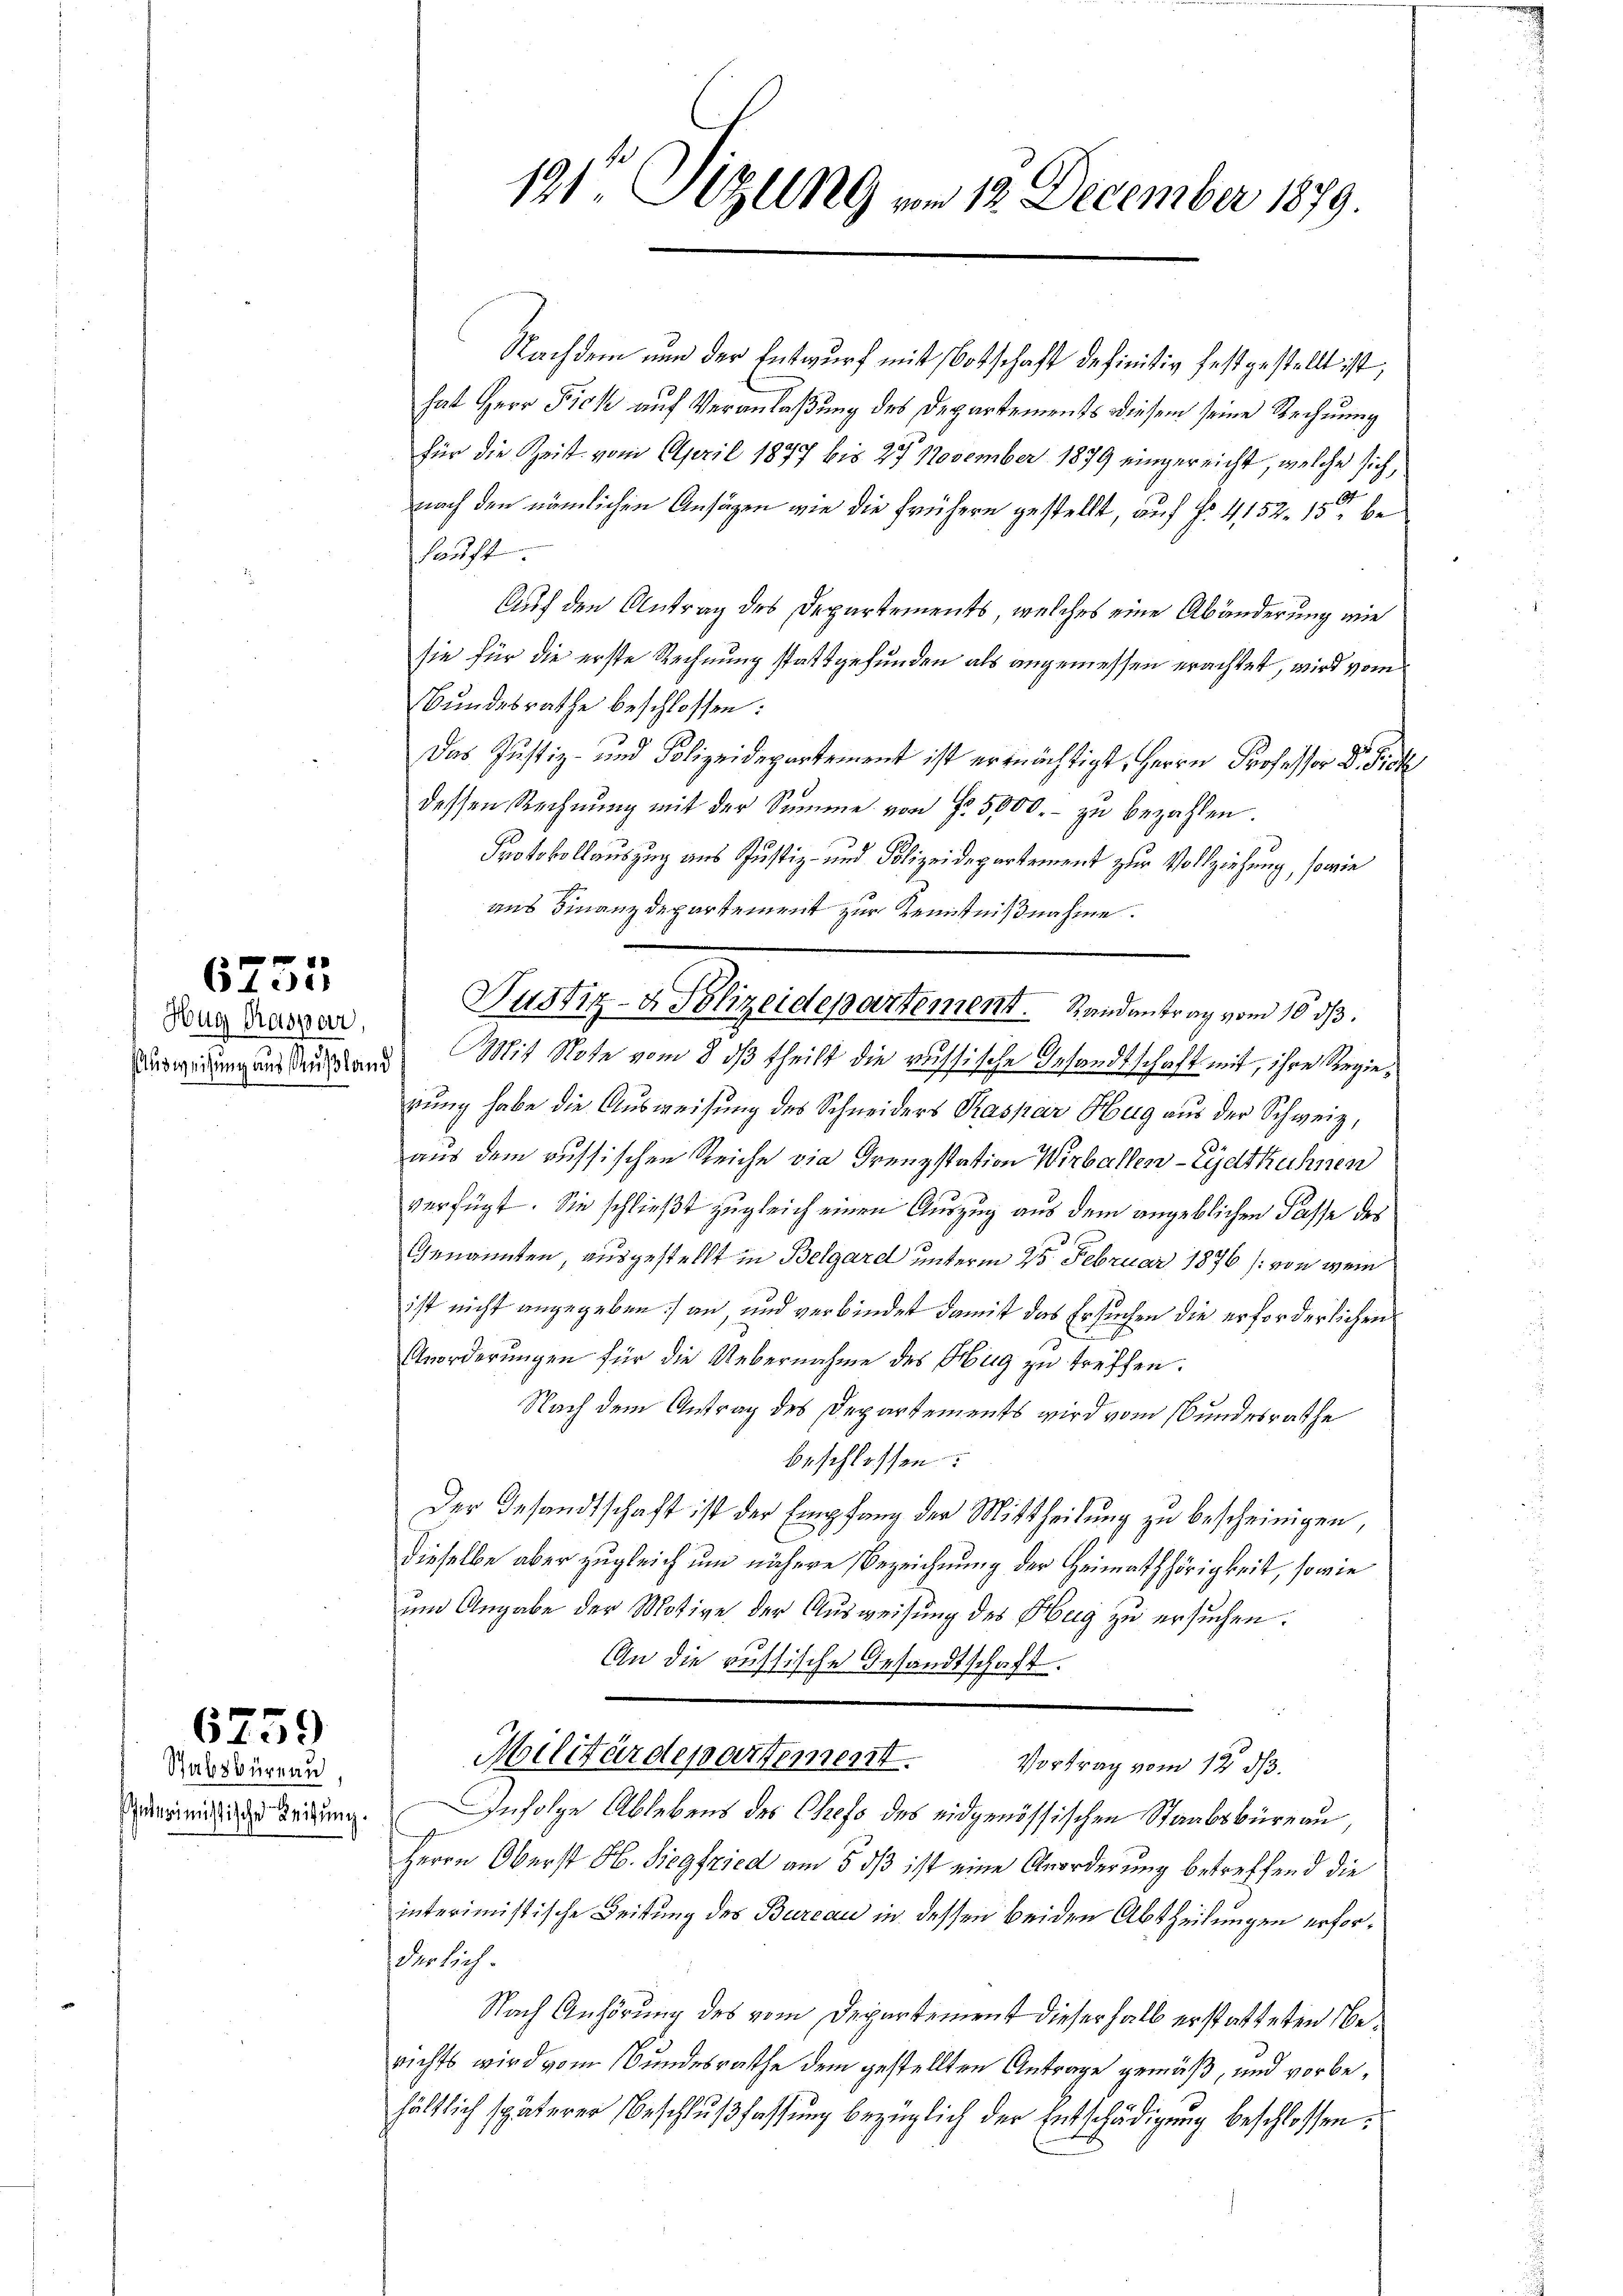
6755

Hug Raspar,

6759

Stabsbureau
Interimistische Leitung.

191 Sizung vom 12. December 1879.

Nachdem nun der Entwurf mit Botschaft definitiv festgestellt ist,
hat Herr Fick auf Veranlaßung des Departements diesem seine Rechnung
für die Zeit vom April 1877 bis 27 November 1879 eingereicht, welche sich,
nach den nämlichen Ansägen wie die frühern gestellt, auf § 4152. 15ten be
shaust
Auf den Antrag des Departements, welches eine Abänderung wie
sie für die erste Rechnung stattgefunden als angemessen erachtet, wird vom
Bundesrathe beschlossen:
Das Justiz- und Polizeidepartement ist ermächtigt, Herrn Professor D.
dessen Rechnung mit der Summe von Fr. 5000.- zu bezahlen.
Protokollauszug aus Justiz- und Polizeidepartement zur Vollziehung, sowie
aus Finanzdepartement zur Kenntnißnahme.
ies weidung und Ausland! Mit Note vom 8 dß theilt die russische Gesandtschaft mit, ihre Regierung habe die Ausweisung des Schneiders Kaspar Hug aus der Schweiz,
aus dem russischen Reiche die Grenzstation Wirbellen-Eydthühnen
verfügt. Sie schließt zugleich einen Auszug aus dem angeblichen Fasse des
Genannten, ausgestellt in Belgard unterm 25. Februar 1876 (von wei
ist nicht angegeben) an und verbindet damit das Ersuchen die erforderlichen
Anorderungen für die Uebernahme des Hug zu treffen.
Nach dem Antrag des Departements wird vom Bundesrathe
beschlossen:
Der Gesandtschaft ist der Empfang der Mittheilung zu bescheinigen,
dieselbe aber zugleich um nähere Bezeichnung der Heimathörigkeit, sowie
um Angabe der Motive der Ausweisung des Hug zu ersuchen.
An die russische Gesandtschaft.
Militärdepartement.
Vortrag vom 12. ds.
Infolge Ablebens des Chefs des eidgenössischen Staatsbüreau,
Herrn Oberst H. Siegfried am 5. dß ist eine Anorderung betreffend die
interimistische Leitung des Bureau in dessen beiden Abtheilungen erforderlich.
Nach Anhörung des vom Departement dieserhalb erstatteten Berichts wird vom Bundesrathe dem gestellten Antrage gemäß, und vorbehältlich späterer Beschlŭβ fassŭng bezüglich der Entschädigŭng beschlossen:

Justiz- & Polizeidepartement. Randantrag vom 10. ds.